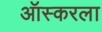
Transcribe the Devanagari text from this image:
ऑस्करला